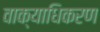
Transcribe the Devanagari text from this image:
वाक्याधिकरण